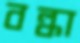
বল্কা